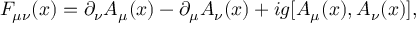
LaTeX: F _ { \mu \nu } ( x ) = \partial _ { \nu } A _ { \mu } ( x ) - \partial _ { \mu } A _ { \nu } ( x ) + i g [ A _ { \mu } ( x ) , A _ { \nu } ( x ) ] ,